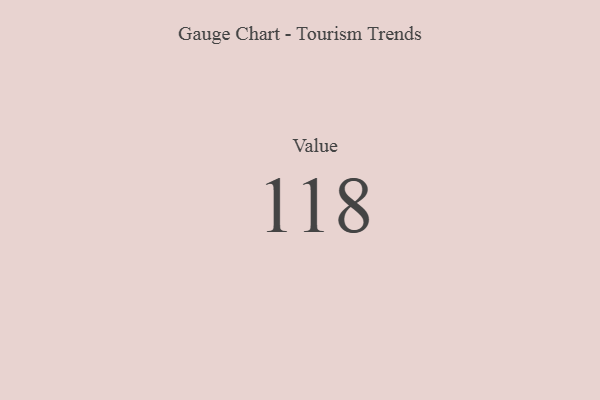
{"axis": {"x": "Metric", "y": "Value"}, "legend": [""], "data": [{"x": "Value", "y": 118, "type": ""}]}